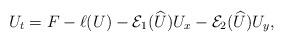
LaTeX: \begin{align*}U_t = F -\ell(U)- \mathcal{E}_1(\widehat U) U_x - \mathcal{E}_2(\widehat U) U_y,\end{align*}